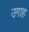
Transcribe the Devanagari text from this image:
उगाह